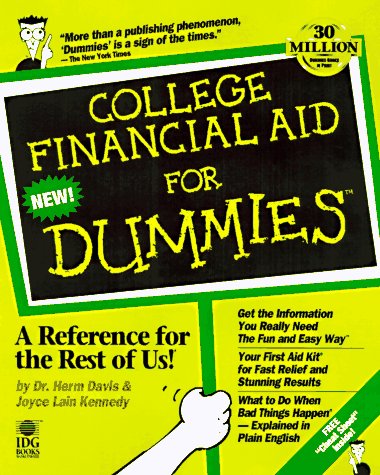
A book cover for College Financial Aid For Dummies; Herm Davis; Business & Money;